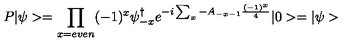
P | \psi > = \prod _ { x = e v e n } ( - 1 ) ^ { x } \psi _ { - x } ^ { \dagger } e ^ { - i \sum _ { x } - A _ { - x - 1 } \frac { ( - 1 ) ^ { x } } { 4 } } | 0 > = | \psi >